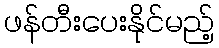
ဖန်တီးပေးနိုင်မည့်